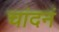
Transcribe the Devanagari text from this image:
चांदनं